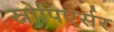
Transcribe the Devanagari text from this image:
स्नोपिएर्सर